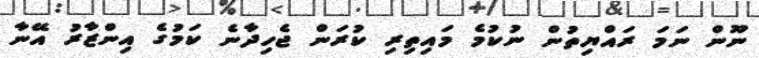
ނޫން ނަމަ ރައްޔިތުން ނުކުމެ މައިތިރި ކުރަން ޖެހިދާނެ ކަމުގެ އިންޒާރު އޭނާ